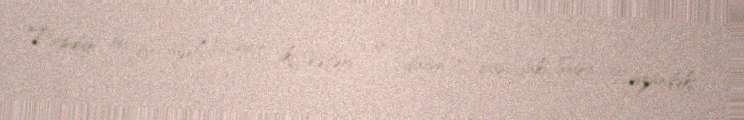
Tapdığı bu möcüzəli çiçəyin iki Vətəni var: dağın o başındakı Şuşa, bu üzündəki